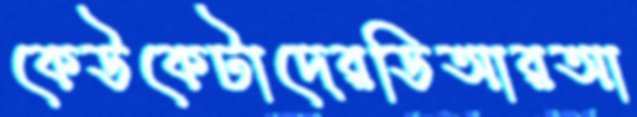
কেউকেটাদেরডিআরআ